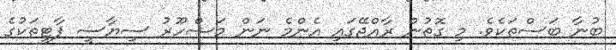
ބުނާ ބަސްތަކެވެ. މި ގޮތުން ރާއްޖޭގައި އެންމެ ނަން މަޝްހޫރު ސިޔާސީ ޕާޓީތަކުގެ